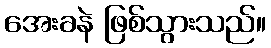
အေးခနဲ ဖြစ်သွားသည်။